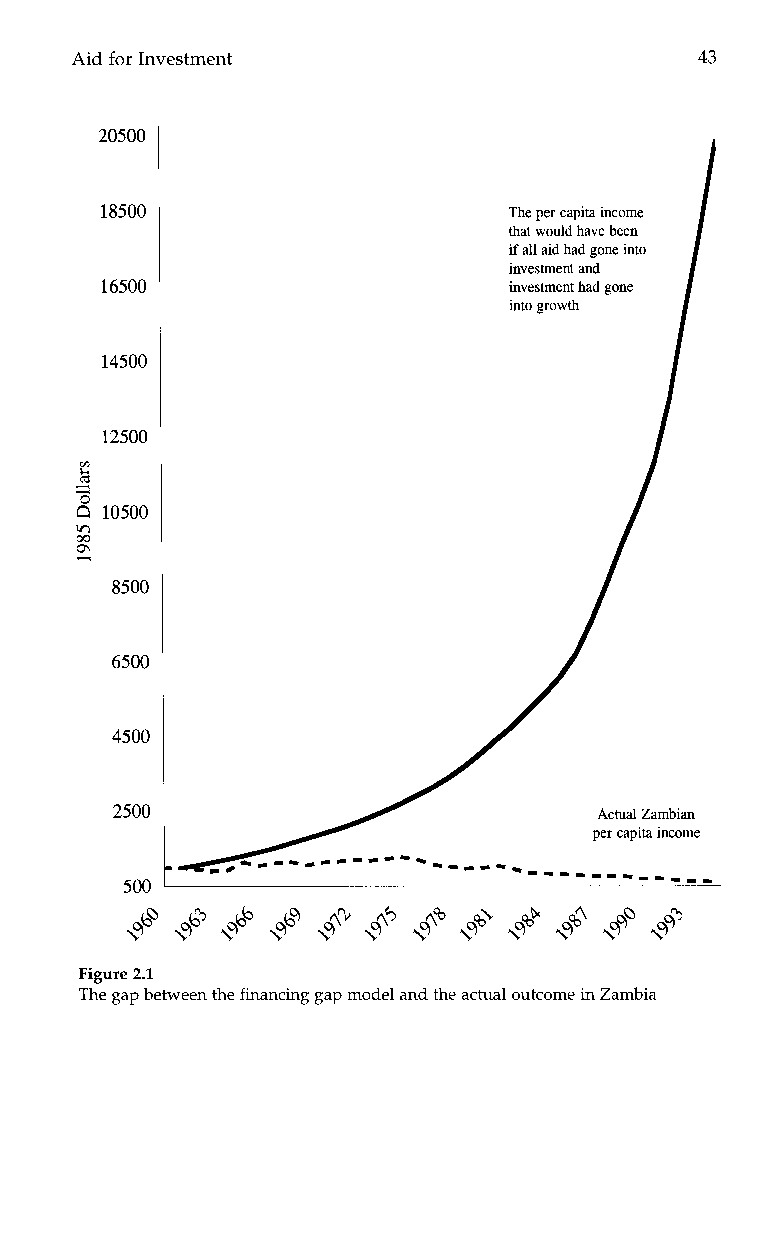
Aid for Investment                       43
 20500
 18500
 16500
 14500
 12500
 3B
 10500
 m
 W
 2
 8500
 6500
 4500
 2500
 500
 Figure 2.1
 The gap between the financing gap model and the actual outcome in Zambia